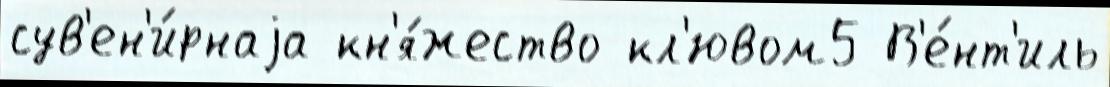
сув'ен'и́рнаjа кн'я́жество кл'ювом5 В'е́нт'иль